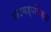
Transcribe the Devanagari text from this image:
आठवड्यांपेक्षा